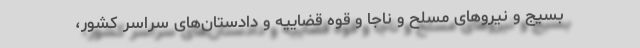
بسیج و نیروهای مسلح و ناجا و قوه قضاییه و دادستان‌های سراسر کشور،